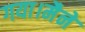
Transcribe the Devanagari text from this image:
गया।मैने